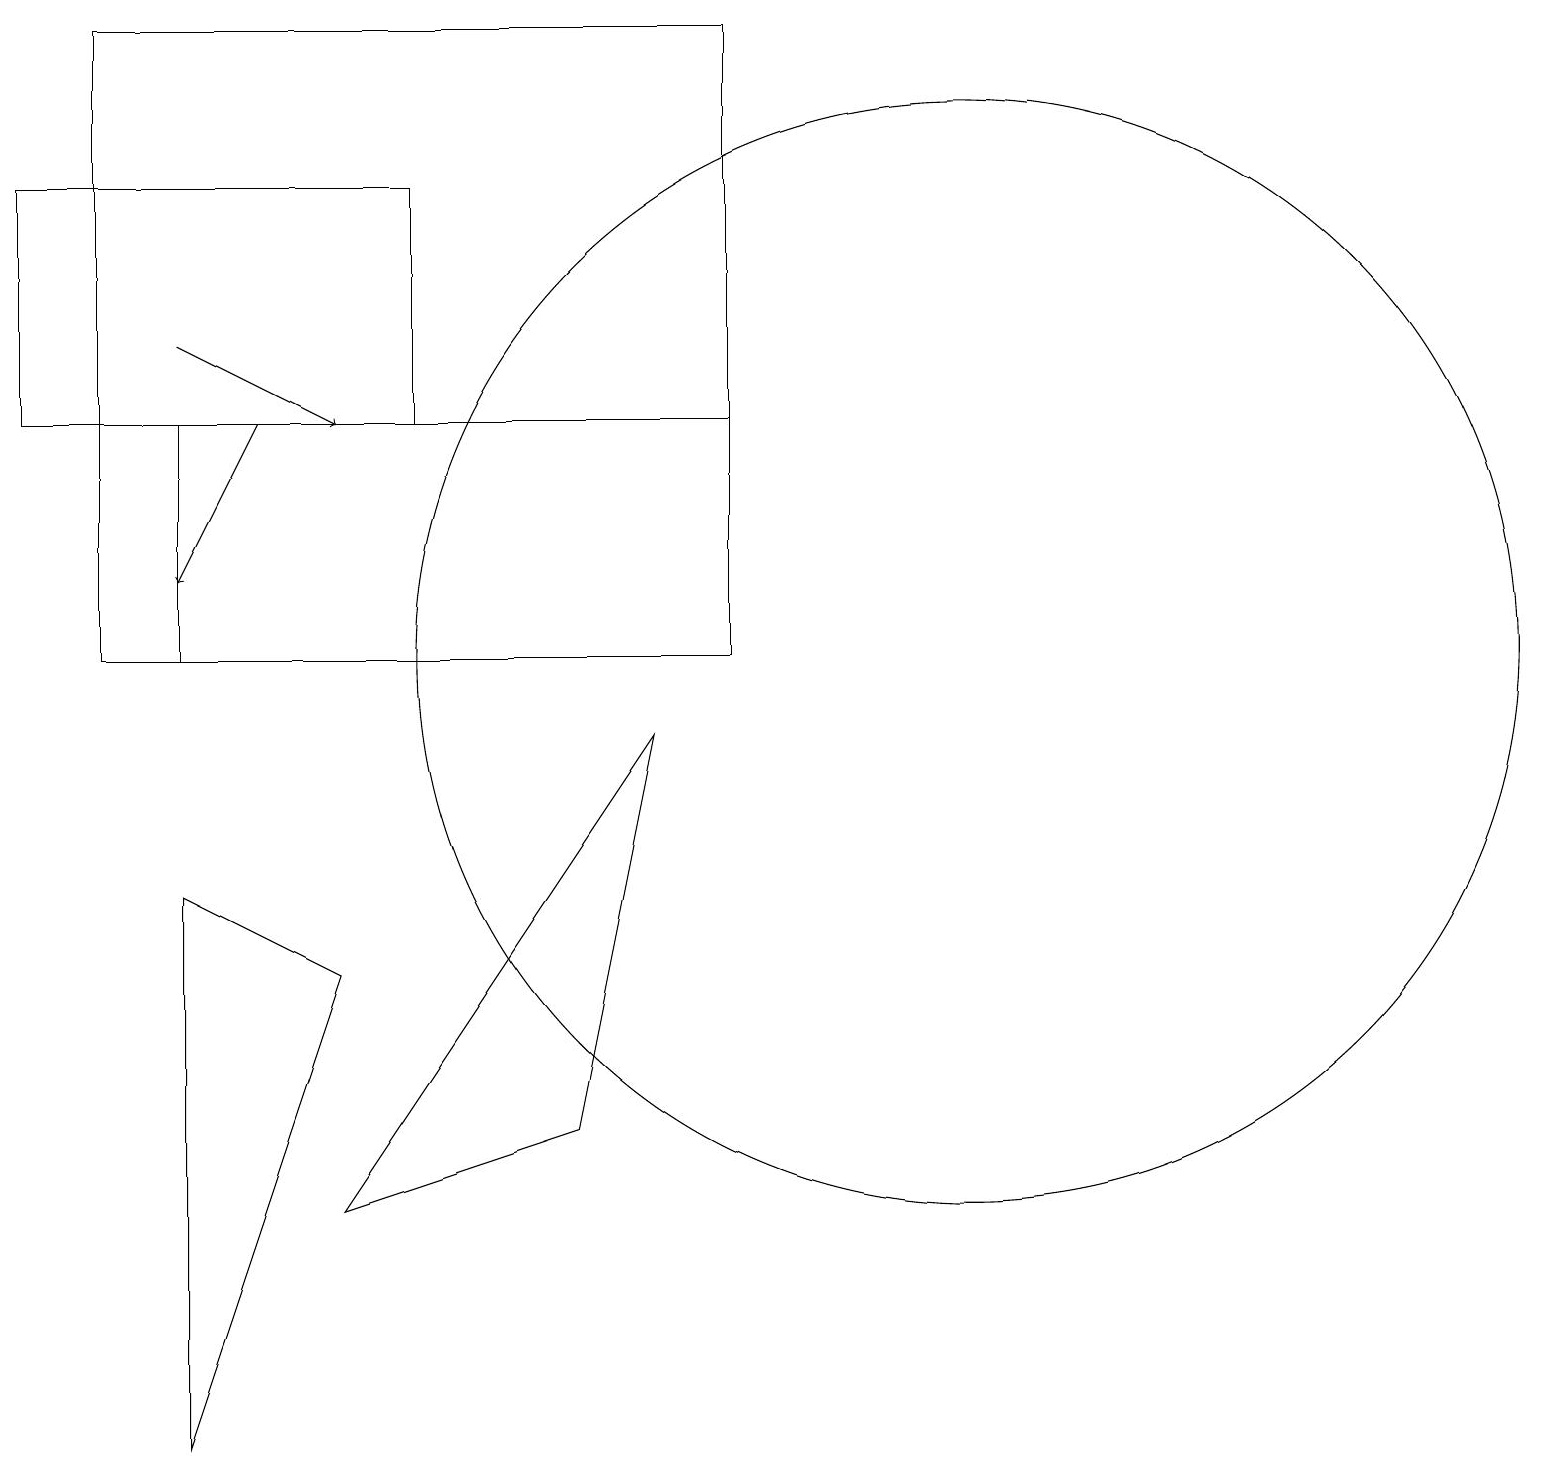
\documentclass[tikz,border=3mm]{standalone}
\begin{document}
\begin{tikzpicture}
\draw[->] (3,13) -- (2,11);
\draw (2,7) -- (2,0) -- (4,6) -- cycle;
\draw (0,16) rectangle (5,13);
\draw[->] (2,14) -- (4,13);
\draw (2,13) rectangle (9,10);
\draw (7,4) -- (8,9) -- (4,3) -- cycle;
\draw (9,18) rectangle (1,10);
\draw (12,10) circle (7);
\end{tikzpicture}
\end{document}